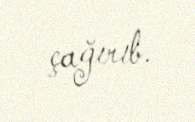
çağırıb.